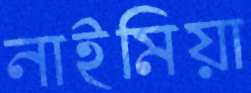
নাইমিয়া